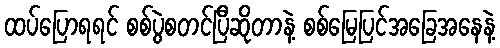
ထပ်ပြောရရင် စစ်ပွဲစတင်ပြီဆိုတာနဲ့ စစ်မြေပြင်အခြေအနေနဲ့